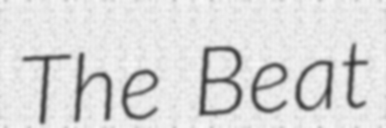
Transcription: The Beat